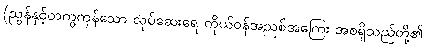
(ညွန်နှင့်တကွကုန်သော လုပ်ဆေးရေ ကိုယ်ဝန်အညစ်အကြေး အစရှိသည်တို့၏